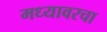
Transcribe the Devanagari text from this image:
मध्यावरचा